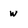
Character: w